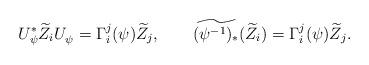
LaTeX: \begin{align*}U_{\psi}^{\ast} \widetilde{Z}_i U_{\psi}^{} = \Gamma_{i}^j(\psi)\widetilde{Z}_j ,\qquad\widetilde{(\psi^{-1})_{\ast} } (\widetilde{Z}_i) = \Gamma_{i}^j(\psi)\widetilde{Z}_j.\end{align*}